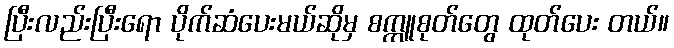
ပြီးလည်းပြီးရော ပိုက်ဆံပေးမယ်ဆိုမှ စက္ကူစုတ်တွေ ထုတ်ပေး တယ်။